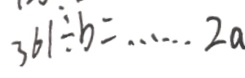
3 6 1 \div b = \cdots 2 a